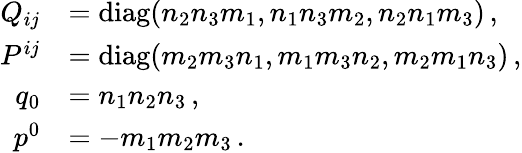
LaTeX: \begin{array}{rl}{{Q_{ij}}}&{{=\mathrm{diag}(n_{2}n_{3}m_{1},n_{1}n_{3}m_{2},n_{2}n_{1}m_{3})\, ,}}\\ {{P^{ij}}}&{{=\mathrm{diag}(m_{2}m_{3}n_{1},m_{1}m_{3}n_{2},m_{2}m_{1}n_{3})\, ,}}\\ {{q_{0}}}&{{=n_{1}n_{2}n_{3}\, ,}}\\ {{p^{0}}}&{{=-m_{1}m_{2}m_{3}\, .}}\end{array}